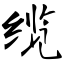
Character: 缆